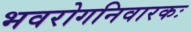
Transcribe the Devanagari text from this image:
भवरोगनिवारकः